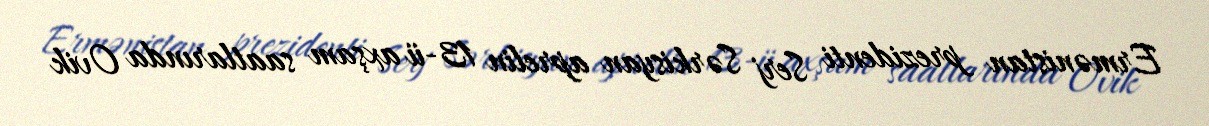
Ermənistan prezidenti Serj Sərkisyan aprelin 13-ü axşam saatlarında Ovik